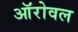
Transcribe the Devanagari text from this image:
ऑरोवल